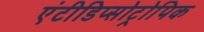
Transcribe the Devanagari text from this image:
एंटीडिप्सोट्रोपिक